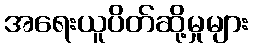
အရေးယူပိတ်ဆို့မှုများ